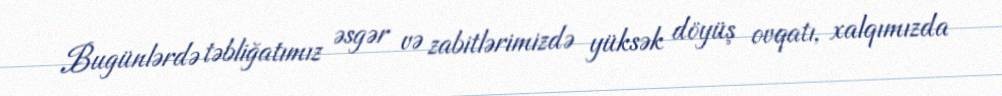
Bugünlərdə təbliğatımız əsgər və zabitlərimizdə yüksək döyüş ovqatı, xalqımızda